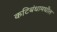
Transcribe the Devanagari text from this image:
कटिबंधामधील